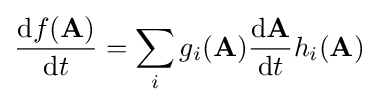
{\frac {\mathrm {d} f(\mathbf {A} )}{\mathrm {d} t}}=\sum _{i}g_{i}(\mathbf {A} ){\frac {\mathrm {d} \mathbf {A} }{\mathrm {d} t}}h_{i}(\mathbf {A} )